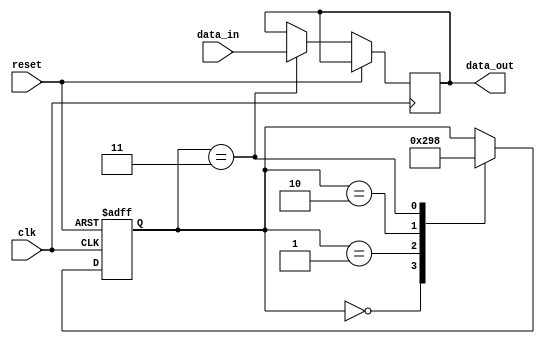
module ThreeFlopSynchronizer (
    input wire clk,
    input wire reset,
    input wire data_in,
    output reg data_out
);

reg [2:0] stage;

always @(posedge clk or posedge reset) begin
    if (reset) begin
        stage <= 3'b0;
    end else begin
        case (stage)
            3'b000: begin
                stage <= 3'b001;
            end
            3'b001: begin
                stage <= 3'b010;
            end
            3'b010: begin
                stage <= 3'b011;
            end
            3'b011: begin
                stage <= 3'b000;
                data_out <= data_in;
            end
        endcase
    end
end

endmodule